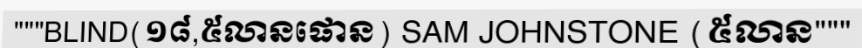
"""BLIND(១៨,៥លានផោន) SAM JOHNSTONE (៥លាន"""